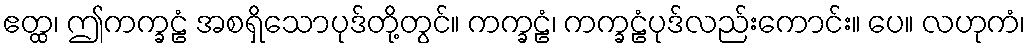
ဧတ္ထ၊ ဤကက္ခဠံ အစရှိသောပုဒ်တို့တွင်။ ကက္ခဠံ၊ ကက္ခဠံပုဒ်လည်းကောင်း။ ပေ။ လဟုကံ၊